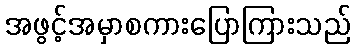
အဖွင့်အမှာစကားပြောကြားသည်